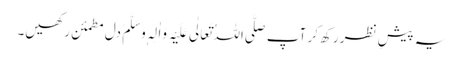
یہ پیشِ نظر رکھ کر آپ صَلَّی اللہُ تَعَالٰی عَلَیْہِ وَاٰلِہٖ وَسَلَّمَ دل مطمئن رکھیں۔